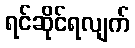
ရင်ဆိုင်ရလျက်